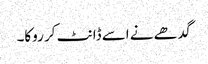
گدھے نے اسے ڈانٹ کر روکا۔